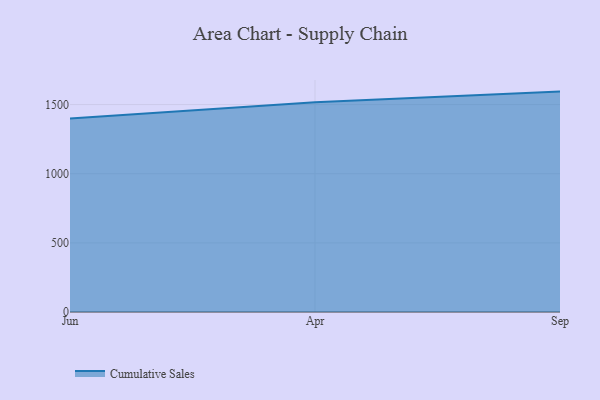
{"axis": {"x": "Month", "y": "Conversion Rate (%)"}, "legend": ["Cumulative Sales"], "data": [{"x": "Jun", "y": 1399.1, "type": "Cumulative Sales"}, {"x": "Apr", "y": 1516.8, "type": "Cumulative Sales"}, {"x": "Sep", "y": 1593.6, "type": "Cumulative Sales"}]}